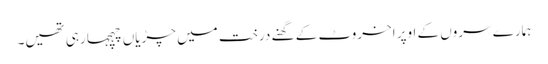
ہمارے سروں کے اوپر اخروٹ کے گھنے درخت میں چڑیاں چہچہا رہی تھیں۔